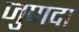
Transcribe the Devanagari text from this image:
जुणदा